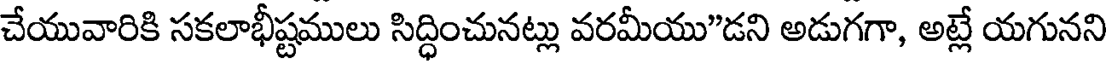
చేయువారికి సకలాభీష్టములు సిద్ధించునట్లు వరమీయు"డని అడుగగా, అట్లే యగునని